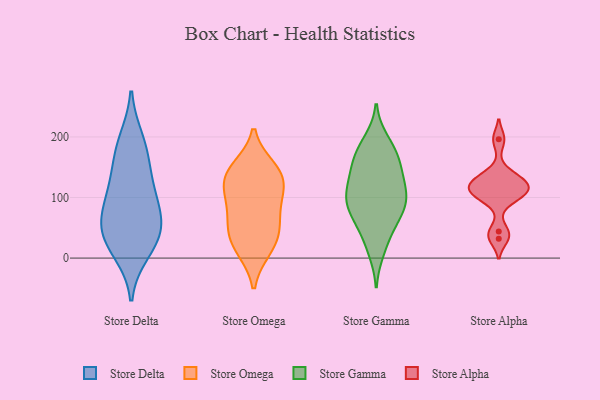
{"axis": {"x": "Energy Usage (MWh)", "y": "Value"}, "legend": ["Store Alpha", "Store Delta", "Store Gamma", "Store Omega"], "data": [{"x": "", "y": 47, "type": "Store Delta"}, {"x": "", "y": 60, "type": "Store Delta"}, {"x": "", "y": 41, "type": "Store Delta"}, {"x": "", "y": 147, "type": "Store Delta"}, {"x": "", "y": 178, "type": "Store Delta"}, {"x": "", "y": 194, "type": "Store Delta"}, {"x": "", "y": 108, "type": "Store Delta"}, {"x": "", "y": 27, "type": "Store Delta"}, {"x": "", "y": 11, "type": "Store Delta"}, {"x": "", "y": 76, "type": "Store Delta"}, {"x": "", "y": 108, "type": "Store Delta"}, {"x": "", "y": 101, "type": "Store Omega"}, {"x": "", "y": 137, "type": "Store Omega"}, {"x": "", "y": 85, "type": "Store Omega"}, {"x": "", "y": 40, "type": "Store Omega"}, {"x": "", "y": 58, "type": "Store Omega"}, {"x": "", "y": 14, "type": "Store Omega"}, {"x": "", "y": 16, "type": "Store Omega"}, {"x": "", "y": 128, "type": "Store Omega"}, {"x": "", "y": 145, "type": "Store Omega"}, {"x": "", "y": 51, "type": "Store Omega"}, {"x": "", "y": 149, "type": "Store Omega"}, {"x": "", "y": 113, "type": "Store Omega"}, {"x": "", "y": 175, "type": "Store Gamma"}, {"x": "", "y": 111, "type": "Store Gamma"}, {"x": "", "y": 167, "type": "Store Gamma"}, {"x": "", "y": 113, "type": "Store Gamma"}, {"x": "", "y": 59, "type": "Store Gamma"}, {"x": "", "y": 185, "type": "Store Gamma"}, {"x": "", "y": 67, "type": "Store Gamma"}, {"x": "", "y": 81, "type": "Store Gamma"}, {"x": "", "y": 101, "type": "Store Gamma"}, {"x": "", "y": 152, "type": "Store Gamma"}, {"x": "", "y": 95, "type": "Store Gamma"}, {"x": "", "y": 12, "type": "Store Gamma"}, {"x": "", "y": 24, "type": "Store Gamma"}, {"x": "", "y": 58, "type": "Store Gamma"}, {"x": "", "y": 96, "type": "Store Gamma"}, {"x": "", "y": 194, "type": "Store Gamma"}, {"x": "", "y": 129, "type": "Store Gamma"}, {"x": "", "y": 143, "type": "Store Gamma"}, {"x": "", "y": 150, "type": "Store Gamma"}, {"x": "", "y": 92, "type": "Store Gamma"}, {"x": "", "y": 102, "type": "Store Alpha"}, {"x": "", "y": 136, "type": "Store Alpha"}, {"x": "", "y": 118, "type": "Store Alpha"}, {"x": "", "y": 114, "type": "Store Alpha"}, {"x": "", "y": 99, "type": "Store Alpha"}, {"x": "", "y": 117, "type": "Store Alpha"}, {"x": "", "y": 44, "type": "Store Alpha"}, {"x": "", "y": 132, "type": "Store Alpha"}, {"x": "", "y": 196, "type": "Store Alpha"}, {"x": "", "y": 32, "type": "Store Alpha"}]}